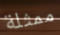
ممثلة